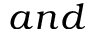
a n d